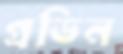
গ্রডিন